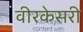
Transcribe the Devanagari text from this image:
वीरकेसरी